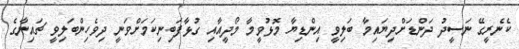
ކެނެރީގޭ ނަސީދު ދަންޑަށްދިޔައިމާ ބަލިވީ އިންޑިޔާ މޮޅުވީމާ މޯދީއާއި ގުޅާފަބިނިކަމަށްވަނީ ދިވެހިންބަލިވީ ޗައިނާގެ